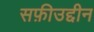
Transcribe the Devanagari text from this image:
सफ़ीउद्दीन